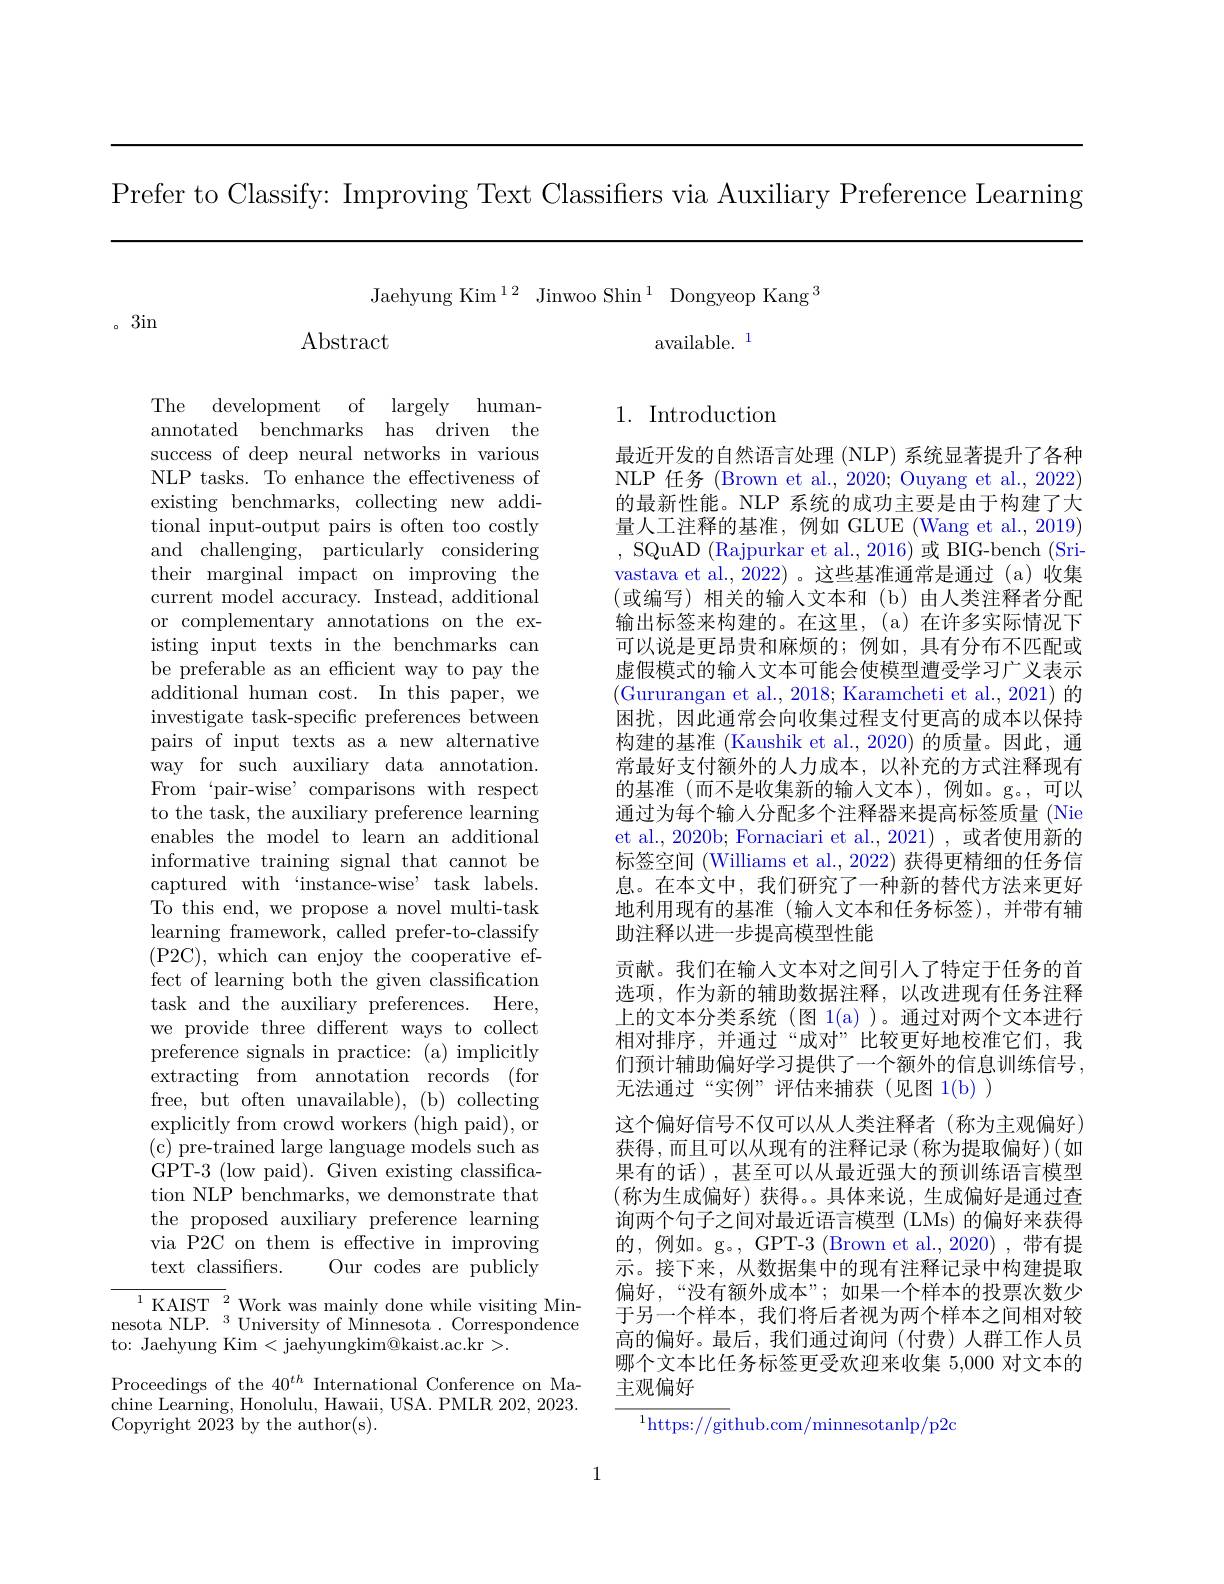
Prefer to Classify: Improving Text Classifiers via Auxiliary Preference Learning

Jaehyung Kim$^{12}$ Jinwoo Shin$^1$ Dongyeop Kang$^3$
$\operatorname{Abstract}$
available. 1

。3in

The development of largely humanannotated benchmarks has driven the success of deep neural networks in various NLP tasks. To enhance the effectiveness of existing benchmarks, collecting new additional input-output pairs is often too costly and challenging, particularly considering their marginal impact on improving the current model accuracy. Instead, additional or complementary annotations on the existing input texts in the benchmarks can be preferable as an efficient way to pay the additional human cost. In this paper, we investigate task-specific preferences between pairs of input texts as a new alternative way for such auxiliary data annotation. From‘pair-wise’comparisons with respect to the task, the auxiliary preference learning enables the model to learn an additional informative training signal that cannot be captured with‘instance-wise’ task labels. To this end, we propose a novel multi-task learning framework, called prefer-to-classify (P2C),which can enjoy the cooperative effect of learning both the given classification task and the auxiliary preferences. Here, we provide three different ways to collect preference signals in practice: (a) implicitly extracting from annotation records (for free, but often unavailable), (b) collecting explicitly from crowd workers (high paid), or ( c) pre- trained large language models such as GPT-3 (low paid). Given existing classification NLP benchmarks, we demonstrate that the proposed auxiliary preference learning via P2C on them is effective in improving text classifiers.
Our codes are publicly
${^{1}\mathrm{KAIST}^{2}}$ Work was mainly done while visiting Min-

nesota NLP.$^3$University of Minnesota.Correspondence
to: Jaehyung Kim < jaehyungkim@kaist.ac.kr >.

Proceedings of the $40^{th}$ International Conference on Machine Learning, Honolulu, Hawaii, USA. PMLR 202, 2023. Copyright 2023 by the author(s).

## 1. Introduction

最近开发的自然语言处理 (NLP) 系统显著提升了各种NLP 任务 (Brown et al., 2020; Ouyang et al., 2022) 的最新性能。NLP 系统的成功主要是由于构建了大量人工注释的基准，例如 GLUE (Wang et al., 2019) , SQuAD (Rajpurkar et al., 2016)或 BIG-bench (Srivastava et al.,2022)。这些基准通常是通过(a)收集(或编写)相关的输人文本和(b)由人类注释者分配输出标签来构建的。在这里，(a)在许多实际情况下可以说是更昂贵和麻烦的；例如，具有分布不匹配或虚假模式的输入文本可能会使模型遭受学习广义表示(Gururangan et al., 2018; Karamcheti et al., 2021) 的困扰，因此通常会向收集过程支付更高的成本以保持构建的基准 (Kaushik et al.,2020) 的质量。因此，通常最好支付额外的人力成本，以补充的方式注释现有的基准(而不是收集新的输人文本),例如。g。,可以通过为每个输人分配多个注释器来提高标签质量 (Nie et al., 2020b; Fornaciari et al.,2021) ,或者使用新的标签空间 (Williams et al., 2022) 获得更精细的任务信息。在本文中，我们研究了一种新的替代方法来更好地利用现有的基准(输人文本和任务标签),并带有辅助注释以进一步提高模型性能
贡献。我们在输入文本对之间引人了特定于任务的首选项，作为新的辅助数据注释，以改进现有任务注释上的文本分类系统(图 1(a))。通过对两个文本进行相对排序，并通过“成对”比较更好地校准它们，我们预计辅助偏好学习提供了一个额外的信息训练信号， 无法通过“实例”评估来捕获(见图 1(b))
这个偏好信号不仅可以从人类注释者(称为主观偏好) 获得，而且可以从现有的注释记录(称为提取偏好)(如果有的话),甚至可以从最近强大的预训练语言模型(称为生成偏好)获得。。具体来说，生成偏好是通过查询两个句子之间对最近语言模型 (LMs) 的偏好来获得的，例如。g。, GPT-3 (Brown et al.,2020),带有提示。接下来，从数据集中的现有注释记录中构建提取偏好，“没有额外成本”;如果一个样本的投票次数少于另一个样本，我们将后者视为两个样本之间相对较高的偏好。最后，我们通过询问(付费)人群工作人员哪个文本比任务标签更受欢迎来收集 5,000 对文本的主观偏好
$^{1}$https://github.com/minnesotanlp/p2c

1